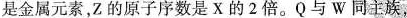
是金属元素，Z的原子序数是X的2倍。Q与W同主族，